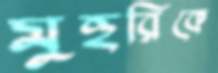
মুহুরিকে